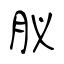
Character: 肞